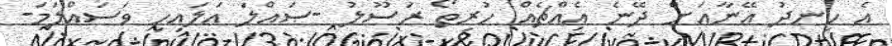
އެ ހިނދު އޭނާއަށް ދޭނެ އެއްޗެއް ހުރިތޯ ރަސޫލު -ޞައްލަ ޢަލައިހި ވަސައްލަމަ-